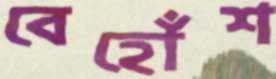
বেহোঁশ